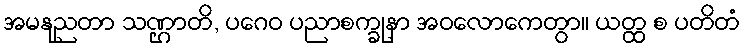
အမနုညတာ သဏ္ဌာတိ, ပဂေဝ ပညာစက္ခုနာ အဝလောကေတွာ။ ယတ္ထ စ ပတိတံ